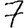
Digit: 7